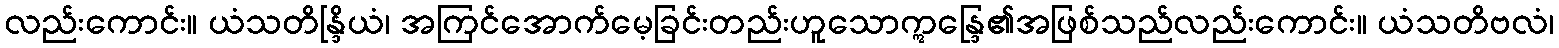
လည်းကောင်း။ ယံသတိန္ဒြိယံ၊ အကြင်အောက်မေ့ခြင်းတည်းဟူသောဣန္ဒြေ၏အဖြစ်သည်လည်းကောင်း။ ယံသတိဗလံ၊